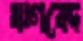
ঋগবেদ